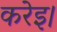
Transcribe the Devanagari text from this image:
करेइ।